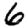
Digit: 6